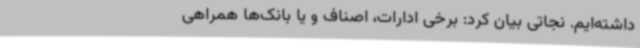
داشته‌ایم. نجاتی بیان کرد: برخی ادارات، اصناف و یا بانک‌ها همراهی